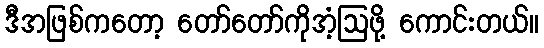
ဒီအဖြစ်ကတော့ တော်တော်ကိုအံ့ဩဖို့ ကောင်းတယ်။